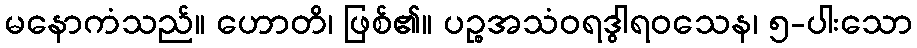
မနောကံသည်။ ဟောတိ၊ ဖြစ်၏။ ပဉ္စအသံဝရဒွါရဝသေန၊ ၅-ပါးသော